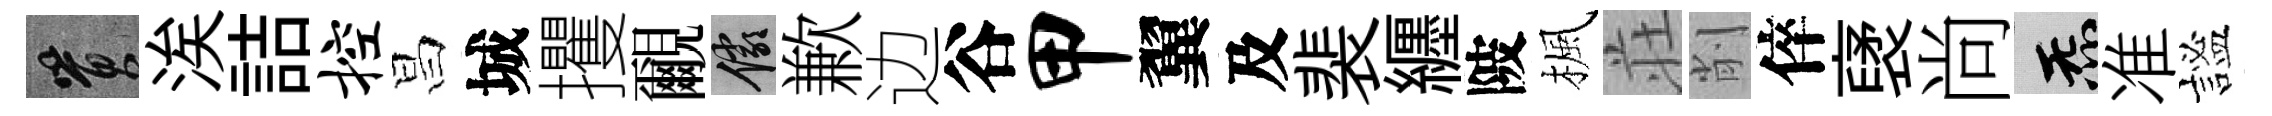
篔涘詰控昌城攫覼儼歉边谷甲翼及裴纒陂楓荘削倅裦尚炁准謐